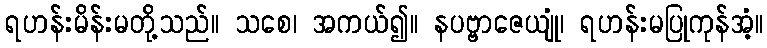
ရဟန်းမိန်းမတို့သည်။ သစေ၊ အကယ်၍။ နပဗ္ဗာဇေယျုံ၊ ရဟန်းမပြုကုန်အံ့။